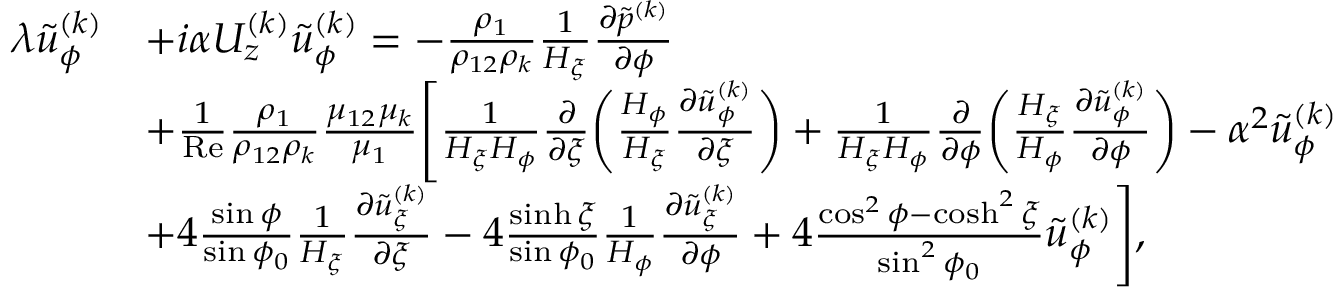
\begin{array} { r l } & { \begin{array} { r l } { \lambda \tilde { u } _ { \phi } ^ { ( k ) } } & { + i \alpha U _ { z } ^ { ( k ) } \tilde { u } _ { \phi } ^ { ( k ) } = - \frac { \rho _ { 1 } } { \rho _ { 1 2 } \rho _ { k } } \frac { 1 } { H _ { \xi } } \frac { \partial \tilde { p } ^ { ( k ) } } { \partial \phi } } \\ & { + \frac { 1 } { \mathrm { R e } } \frac { \rho _ { 1 } } { \rho _ { 1 2 } \rho _ { k } } \frac { \mu _ { 1 2 } \mu _ { k } } { \mu _ { 1 } } \Biggl [ \frac { 1 } { H _ { \xi } H _ { \phi } } \frac { \partial } { \partial \xi } \biggl ( \frac { H _ { \phi } } { H _ { \xi } } \frac { \partial \tilde { u } _ { \phi } ^ { ( k ) } } { \partial \xi } \biggr ) + \frac { 1 } { H _ { \xi } H _ { \phi } } \frac { \partial } { \partial \phi } \biggl ( \frac { H _ { \xi } } { H _ { \phi } } \frac { \partial \tilde { u } _ { \phi } ^ { ( k ) } } { \partial \phi } \biggr ) - \alpha ^ { 2 } \tilde { u } _ { \phi } ^ { ( k ) } } \\ & { + 4 \frac { \sin \phi } { \sin \phi _ { 0 } } \frac { 1 } { H _ { \xi } } \frac { \partial \tilde { u } _ { \xi } ^ { ( k ) } } { \partial \xi } - 4 \frac { \sinh \xi } { \sin \phi _ { 0 } } \frac { 1 } { H _ { \phi } } \frac { \partial \tilde { u } _ { \xi } ^ { ( k ) } } { \partial \phi } + 4 \frac { \cos ^ { 2 } \phi - \cosh ^ { 2 } \xi } { \sin ^ { 2 } \phi _ { 0 } } \tilde { u } _ { \phi } ^ { ( k ) } \Biggr ] , } \end{array} } \end{array}